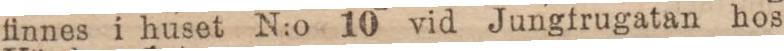
finnes i huset N:o 10 vid Jungfrugatan hos